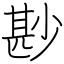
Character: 尠